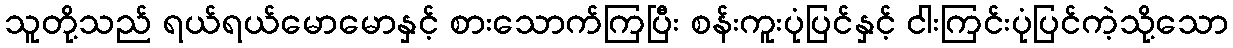
သူတို့သည် ရယ်ရယ်မောမောနှင့် စားသောက်ကြပြီး စန်းကူးပုံပြင်နှင့် ငါးကြင်းပုံပြင်ကဲ့သို့သော